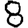
Digit: 8